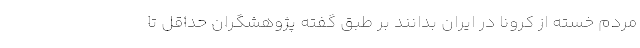
مردم خسته از کرونا در ایران بدانند بر طبق گفته پژوهشگران حداقل تا